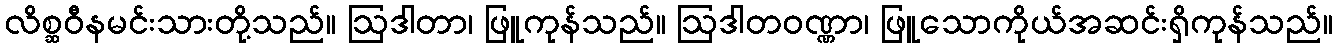
လိစ္ဆဝီနမင်းသားတို့သည်။ ဩဒါတာ၊ ဖြူကုန်သည်။ ဩဒါတဝဏ္ဏာ၊ ဖြူသောကိုယ်အဆင်းရှိကုန်သည်။